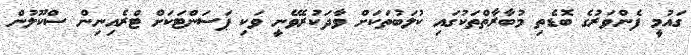
ގައުމީ ފެންވަރުގެ ބޮޑެތި މުބާރާތްތަކުގައި ކުލަބުތަކަށް ވާދަކުރެވޭނީ ވަކި ޕަސަންޓަކަށް ޓްރެއިނިން ސްކޫލުން